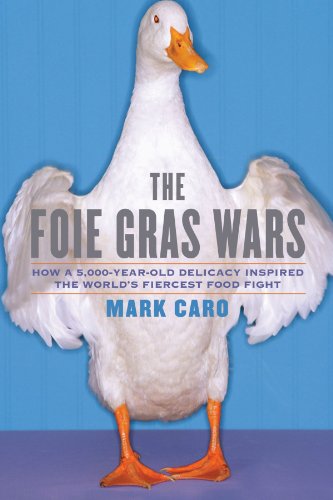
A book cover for The Foie Gras Wars: How a 5,000-Year-Old Delicacy Inspired the World's Fiercest Food Fight; Mark Caro; Cookbooks, Food & Wine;